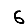
Digit: 6